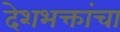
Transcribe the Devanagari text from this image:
देशभक्तांचा